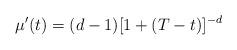
LaTeX: \begin{align*}\mu^\prime (t) = (d-1) [1+(T-t)]^{-d}\end{align*}